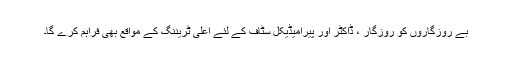
بے روزگاروں کو روزگار ، ڈاکٹر اور پیرامیڈیکل سٹاف کے لئے اعلیٰ ٹریننگ کے مواقع بھی فراہم کرے گا۔